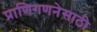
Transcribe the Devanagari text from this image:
प्राणिगणनेसाठी